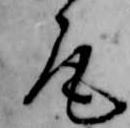
尾